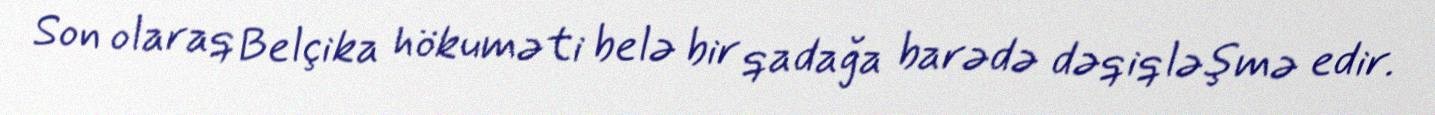
Son olaraq Belçika hökuməti belə bir qadağa barədə dəqiqləşmə edir.